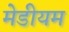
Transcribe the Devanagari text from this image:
मेडीयम